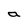
Character: a